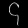
Digit: ၄